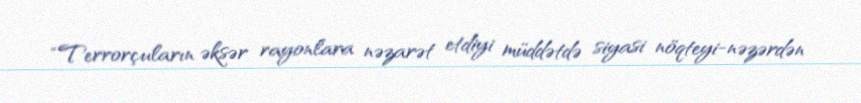
“Terrorçuların əksər rayonlara nəzarət etdiyi müddətdə siyasi nöqteyi-nəzərdən